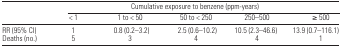
<table><thead><tr><td></td><td colspan="5"><b>Cumulative exposure to benzene (ppm-years)</b></td></tr><tr><td></td><td><b>&lt; 1</b></td><td><b>1 to &lt; 50</b></td><td><b>50 to &lt; 250</b></td><td><b>250–500</b></td><td><b>≥ 500</b></td></tr></thead><tbody><tr><td>RR (95% CI)</td><td>1</td><td>0.8 (0.2–3.2)</td><td>2.5 (0.6–10.2)</td><td>10.5 (2.3–46.6)</td><td>13.9 (0.7–116.1)</td></tr><tr><td>Deaths (no.)</td><td>5</td><td>3</td><td>4</td><td>4</td><td>1</td></tr></tbody></table>